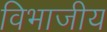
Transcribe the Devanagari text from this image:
विभाजीय